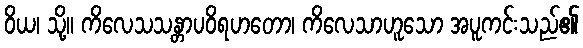
ဝိယ၊ သို့။ ကိလေသသန္တာပဝိရဟတော၊ ကိလေသာဟူသော အပူကင်းသည်၏